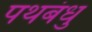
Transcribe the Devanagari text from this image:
पथबंधु